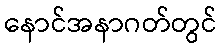
နောင်အနာဂတ်တွင်